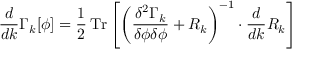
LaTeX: { \frac { d } { d k } } \Gamma _ { k } [ \phi ] = { \frac { 1 } { 2 } } \operatorname { T r } \left[ \left( { \frac { \delta ^ { 2 } \Gamma _ { k } } { \delta \phi \delta \phi } } + R _ { k } \right) ^ { - 1 } \cdot { \frac { d } { d k } } R _ { k } \right]